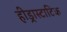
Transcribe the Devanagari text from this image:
हीड्रास्टाटिक